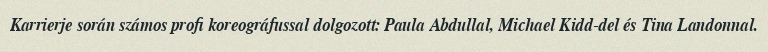
Karrierje során számos profi koreográfussal dolgozott: Paula Abdullal, Michael Kidd-del és Tina Landonnal.